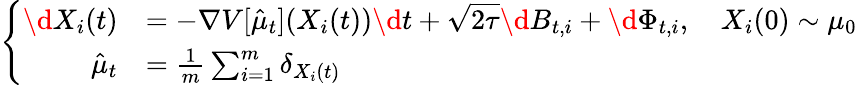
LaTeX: \begin{array}{r}{\left\{ \begin{array}{rl}{\d X_{i}(t)}&{=-\nabla V[\hat{\mu}_{t}](X_{i}(t))\d t+\sqrt{2\tau}\d B_{t,i}+\d\Phi_{t,i},\quad X_{i}(0)\sim\mu_{0}}\\ {\hat{\mu}_{t}}&{=\frac 1m\sum_{i=1}^{m}\delta_{X_{i}(t)}}\end{array}\right.}\end{array}